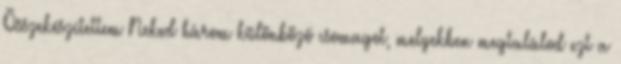
Összekészítettem Neked három különböző csomagot, melyekben megtalálod ezt a